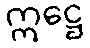
ဣဋ္ဌေ